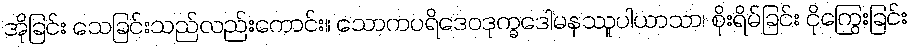
အိုခြင်း သေခြင်းသည်လည်းကောင်း။ သောကပရိဒေဝဒုက္ခဒေါမနဿူပါယာသာ၊ စိုးရိမ်ခြင်း ငိုကြွေးခြင်း